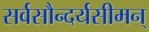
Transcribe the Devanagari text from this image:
सर्वसौन्दर्यसीमन्